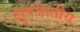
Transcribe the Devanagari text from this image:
क्षुपजातीय